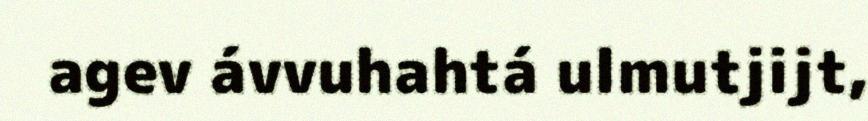
agev ávvuhahtá ulmutjijt,